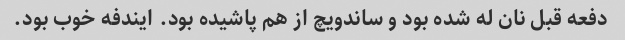
دفعه قبل نان له شده بود و ساندویچ از هم پاشیده بود. ایندفه خوب بود.